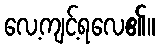
လေ့ကျင့်ရလေ၏။